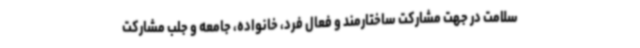
سلامت در جهت مشارکت ساختارمند و فعال فرد، خانواده، جامعه و جلب مشارکت